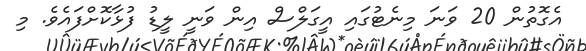
އެގޮތުން 20 ވަނަ މިނެޓުގައި އީގަލްސް އިން ވަނީ ލީޑު ފުޅާކޮށްފައެވެ. މި